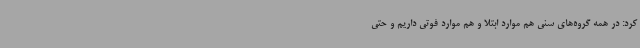
کرد: در همه گروه‌های سنی هم موارد ابتلا و هم موارد فوتی داریم و حتی